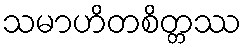
သမာဟိတစိတ္တဿ